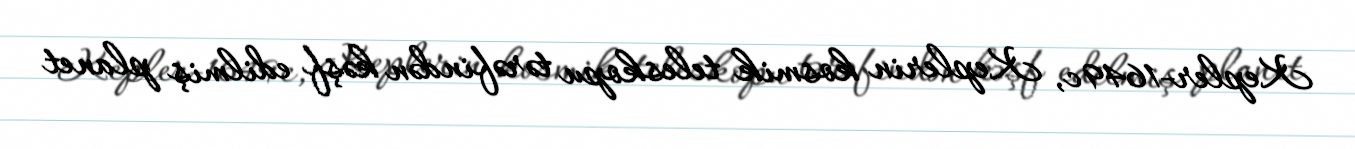
Kepler-1649c, Keplerin kosmik teleskopu tərəfindən kəşf edilmiş planet